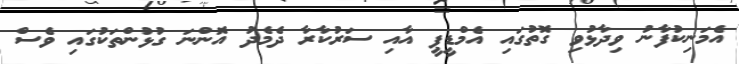
އެމަނިކުފާނު ވިދާޅުވި ގޮތުގައި އެމްޑީޕީ އާއި ސަރުކާރާ ދެމެދު އޮންނަ ގުޅުންތަކުގައި ވެސް